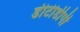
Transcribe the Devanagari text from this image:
डीटीडीपी